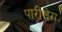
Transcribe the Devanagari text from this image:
पारीलेरा